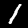
Digit: 1